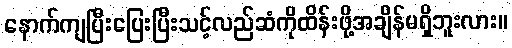
နောက်ကျပြီးပြေးပြီးသင့်လည်ဆံကိုထိန်းဖို့အချိန်မရှိဘူးလား။